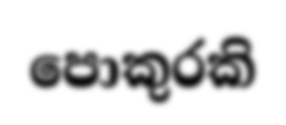
පොකුරකි